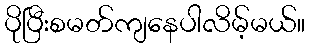
ပိုပြီးစမတ်ကျနေပါလိမ့်မယ်။